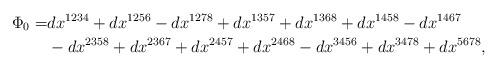
LaTeX: \begin{align*}\Phi_0 =& dx^{1234} + dx^{1256} - dx^{1278} + dx^{1357} + dx^{1368} + dx^{1458} -dx^{1467}\\ &- dx^{2358} + dx^{2367} + dx^{2457} + dx^{2468} - dx^{3456} + dx^{3478} + dx^{5678}, \end{align*}